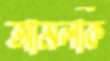
আমলকি